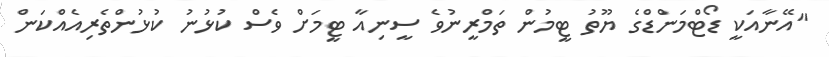
"އޭނާއަކީ ޑޯޓްމަންޑްގެ ޔޫތު ޓީމުން ތަމްރީނުވެ ސީނިއާ ޓީމަށް ވެސް ކުޅުނު ކުޅުންތެރިއެއްކަން